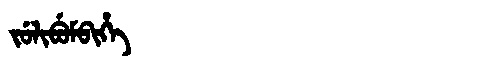
Manchu: ᠵᡠᠯᡳᠪᡠᠮᠪᡳᡥᡝ
Romanization: JULIBUMBIHE